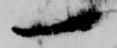
一